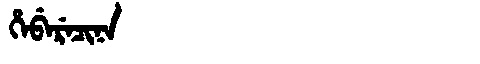
Manchu: ᡥᡝᠪᡝᡵᡝᠴᡳᠨᠠ
Romanization: HEBERECINA